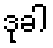
ဒုခါ